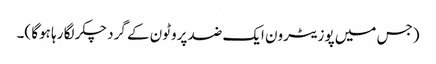
(جس میں پوزیٹرون ایک ضد پروٹون کے گرد چکر لگا رہا ہوگا )۔